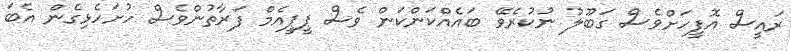
ރައީސް އޮފީހަށްވެސް ގަބޫލު ނުކުރެވޭ ބައެއްކަންކަން ވެސް ޕީޕީއެމް ފަރާތުންވެސް ހުށަހެޅިގެން އެބަ